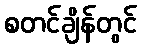
စတင်ချိန်တွင်